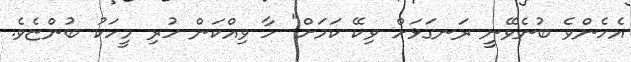
އެހެންވެ ބުނެވޭނީ ރަނގަޅަށް ވިކޭ ކަމަށް" ހާ ވިއްކަން ހުރި މީހަކު ބުންޏެވެ.